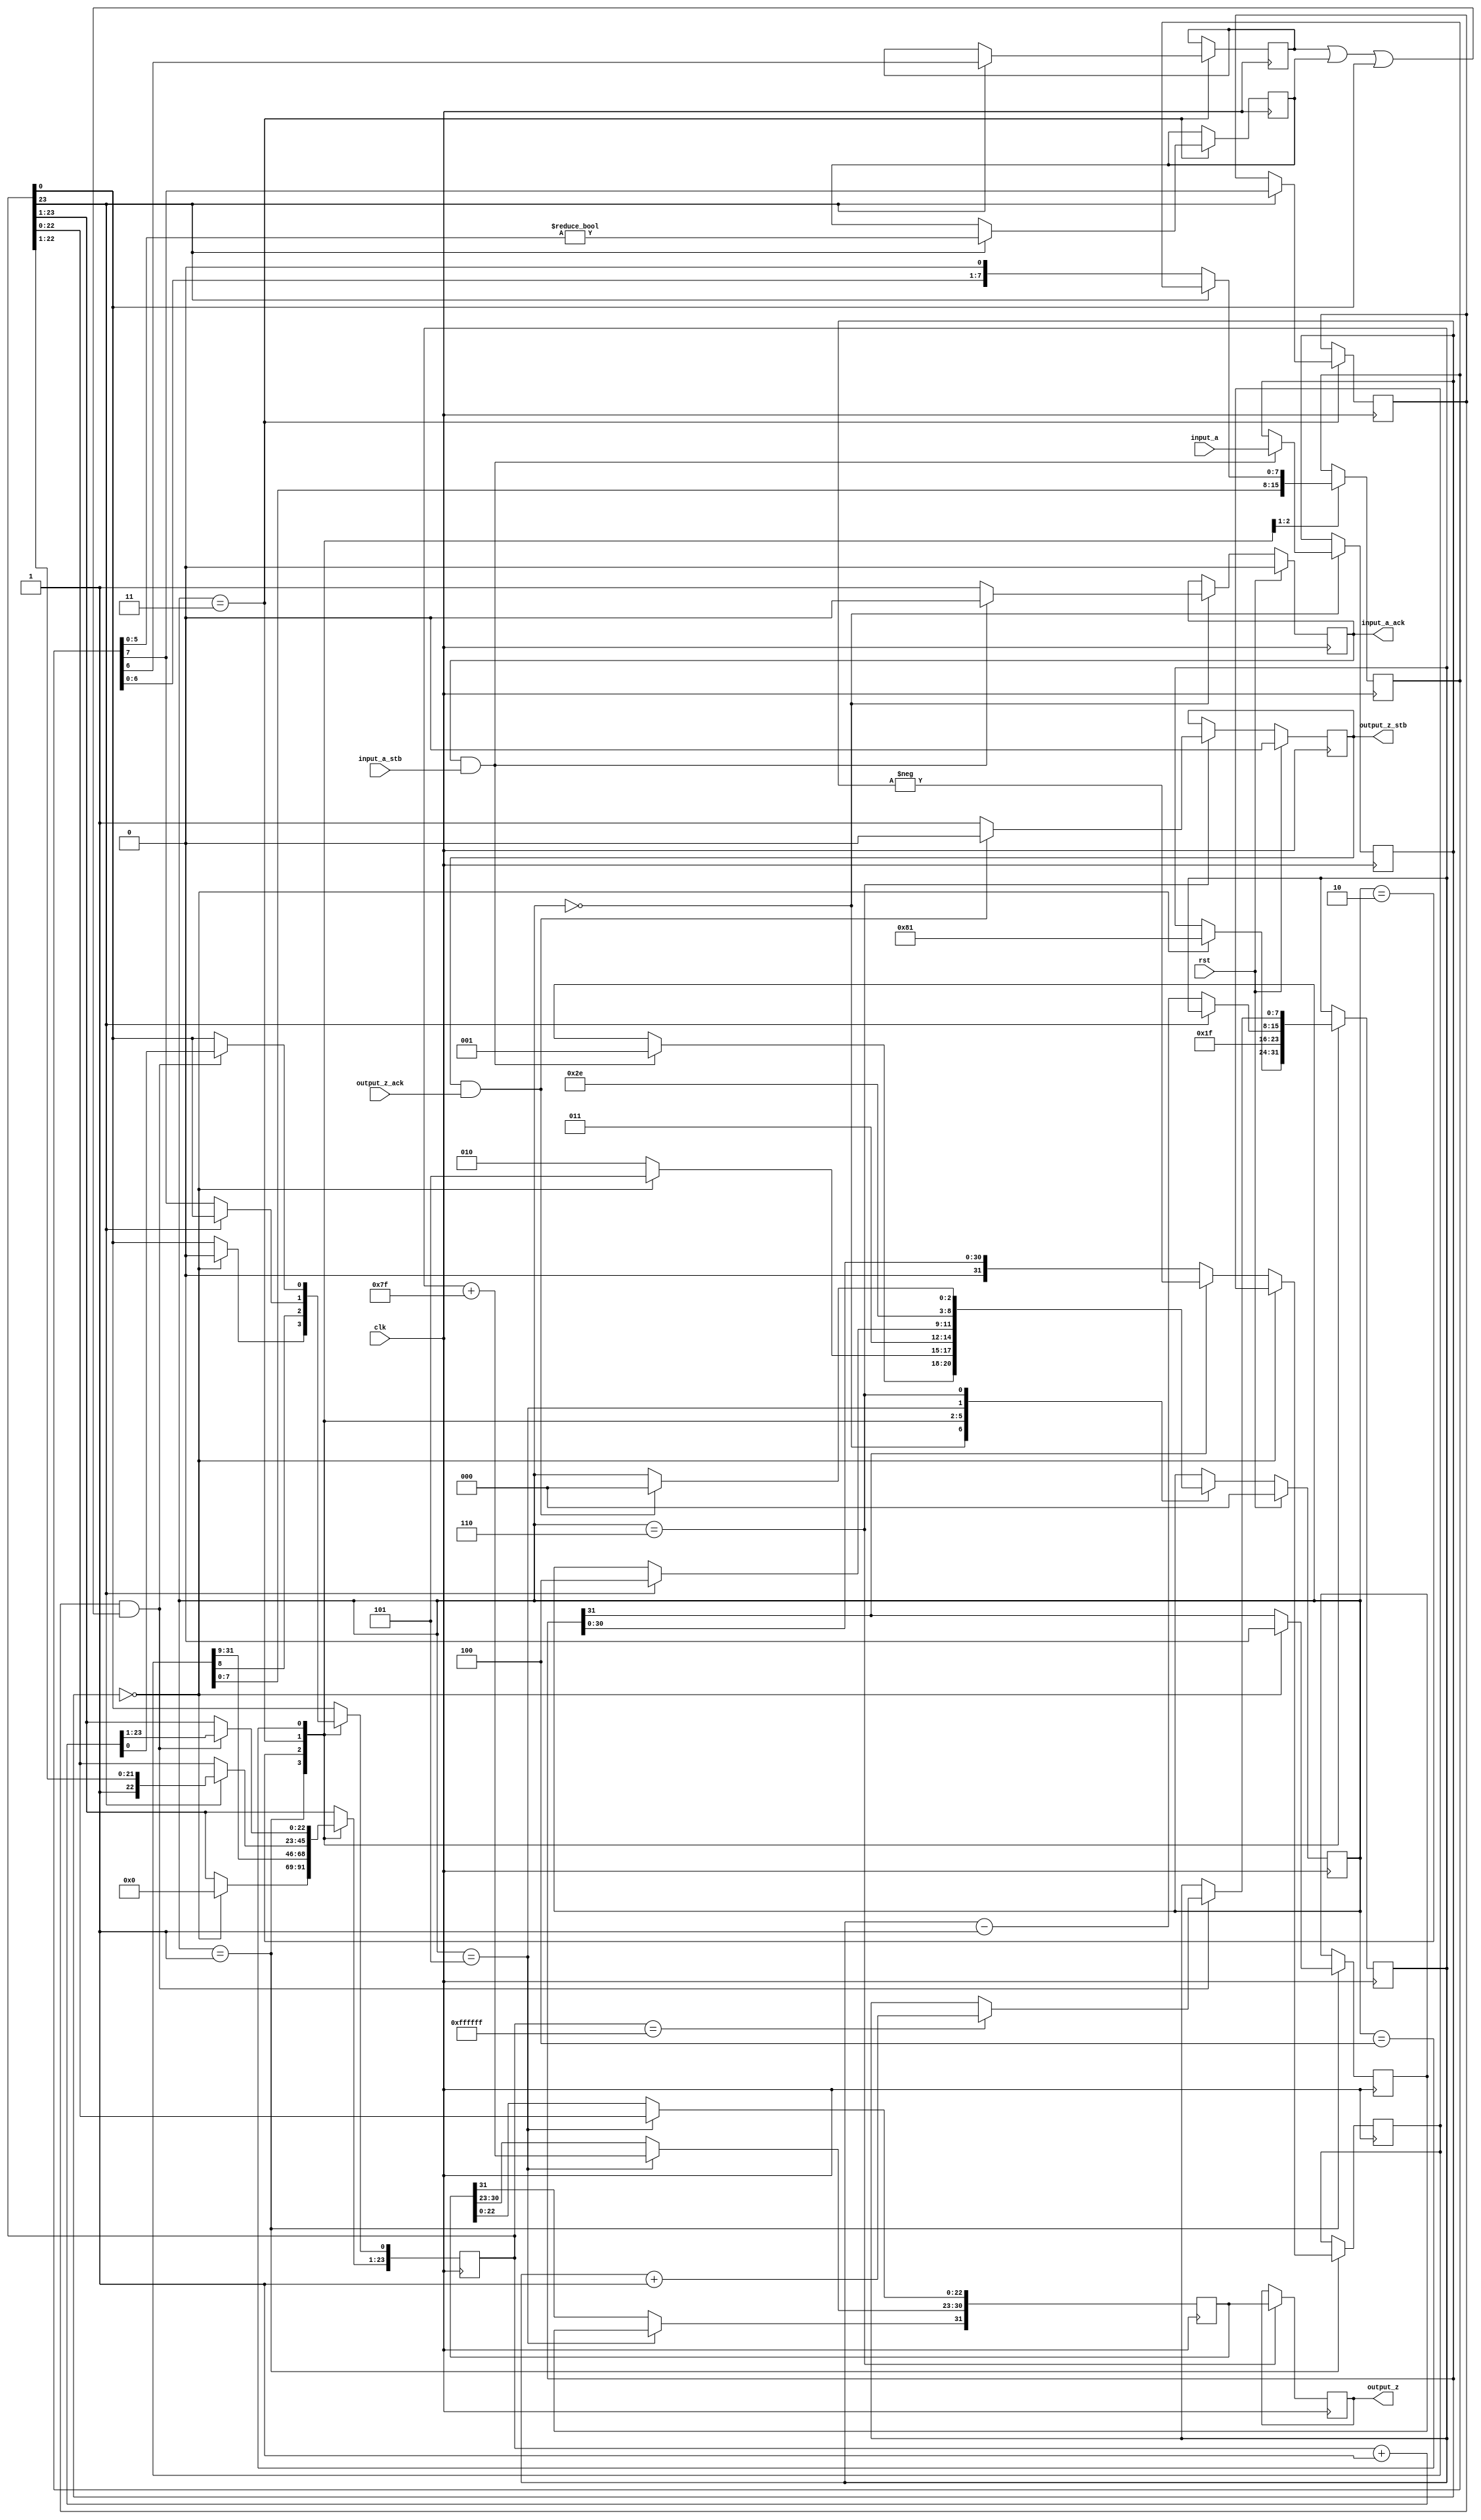
//Integer to IEEE Floating Point Converter (Single Precision)
//Copyright (C) Jonathan P Dawson 2013
//2013-12-12
module int_to_float(
        input_a,
        input_a_stb,
        output_z_ack,
        clk,
        rst,
        output_z,
        output_z_stb,
        input_a_ack);

  input     clk;
  input     rst;

  input     [31:0] input_a;
  input     input_a_stb;
  output    input_a_ack;

  output    [31:0] output_z;
  output    output_z_stb;
  input     output_z_ack;

  reg       s_output_z_stb;
  reg       [31:0] s_output_z;
  reg       s_input_a_ack;
  reg       s_input_b_ack;

  reg       [2:0] state;
  parameter get_a         = 3'd0,
            convert_0     = 3'd1,
            convert_1     = 3'd2,
            convert_2     = 3'd3,
            round         = 3'd4,
            pack          = 3'd5,
            put_z         = 3'd6;

  reg [31:0] a, z, value;
  reg [23:0] z_m;
  reg [7:0] z_r;
  reg [7:0] z_e;
  reg z_s;
  reg guard, round_bit, sticky;

  always @(posedge clk)
  begin

    case(state)

      get_a:
      begin
        s_input_a_ack <= 1;
        if (s_input_a_ack && input_a_stb) begin
          a <= input_a;
          s_input_a_ack <= 0;
          state <= convert_0;
        end
      end

      convert_0:
      begin
        if ( a == 0 ) begin
          z_s <= 0;
          z_m <= 0;
          z_e <= -127;
          state <= pack;
        end else begin
          value <= a[31] ? -a : a;
          z_s <= a[31];
          state <= convert_1;
        end
      end

      convert_1:
      begin
        z_e <= 31;
        z_m <= value[31:8];
        z_r <= value[7:0];
        state <= convert_2;
      end

      convert_2:
      begin
        if (!z_m[23]) begin
          z_e <= z_e - 1;
          z_m <= z_m << 1;
          z_m[0] <= z_r[7];
          z_r <= z_r << 1;
        end else begin
          guard <= z_r[7];
          round_bit <= z_r[6];
          sticky <= z_r[5:0] != 0;
          state <= round;
        end
      end

      round:
      begin
        if (guard && (round_bit || sticky || z_m[0])) begin
          z_m <= z_m + 1;
          if (z_m == 24'hffffff) begin
            z_e <=z_e + 1;
          end
        end
        state <= pack;
      end

      pack:
      begin
        z[22 : 0] <= z_m[22:0];
        z[30 : 23] <= z_e + 127;
        z[31] <= z_s;
        state <= put_z;
      end

      put_z:
      begin
        s_output_z_stb <= 1;
        s_output_z <= z;
        if (s_output_z_stb && output_z_ack) begin
          s_output_z_stb <= 0;
          state <= get_a;
        end
      end

    endcase

    if (rst == 1) begin
      state <= get_a;
      s_input_a_ack <= 0;
      s_output_z_stb <= 0;
    end

  end
  assign input_a_ack = s_input_a_ack;
  assign output_z_stb = s_output_z_stb;
  assign output_z = s_output_z;

endmodule